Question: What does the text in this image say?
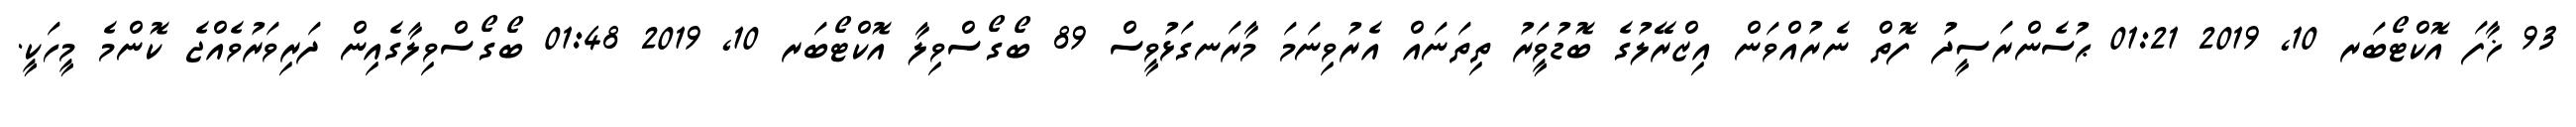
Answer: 93 ޚާފަ އޮކްޓޯބަރ 10, 2019 01:21 ޙުސެންރަސީދު ފޮތް ނެރުއްވަން އިޒްރޭލުގެ ބޮޑުވަީރު ތިތަނައް އެރުވިނަމަ މާރަނގަޅުވީސް 89 ބޯގޯސްވިލާ އޮކްޓޯބަރ 10, 2019 01:48 ބޯގޯސްވިލާގެއިން ދަރިވަރުވެއްޖެ ކޮންމެ މީހަކީ.